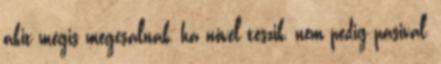
akit mégis megcsalnak, ha nővel teszik, nem pedig pasival,